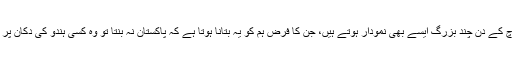
اسی ۲۳ مارچ کے دن چند بزرگ ایسے بھی نمودار ہوتے ہیں، جن کا فرض ہم کو یہ بتانا ہوتا ہے کہ پاکستان نہ بنتا تو وہ کسی ہندو کی دکان پر منشی ہوتے۔